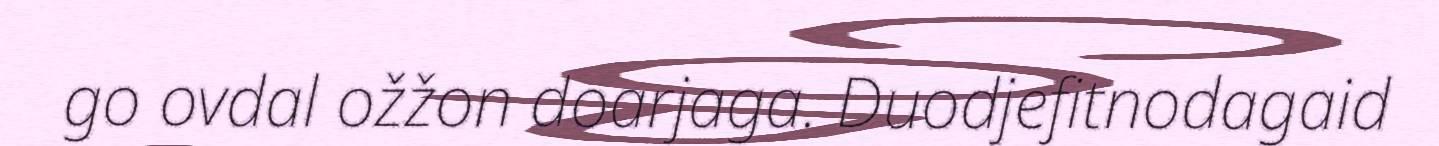
go ovdal ožžon doarjaga. Duodjefitnodagaid